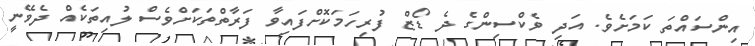
އިންސައްތަ ކަމަށެވެ. އަދި ވެކްސިންގެ ދެ ޑޯޒް ފުރިހަމަކޮށްފައިވާ ފަރާތްތަކަށްވެސް ލުއިތަކެއް ދެވޭނީ